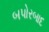
બપોરબાદ